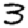
Digit: 3